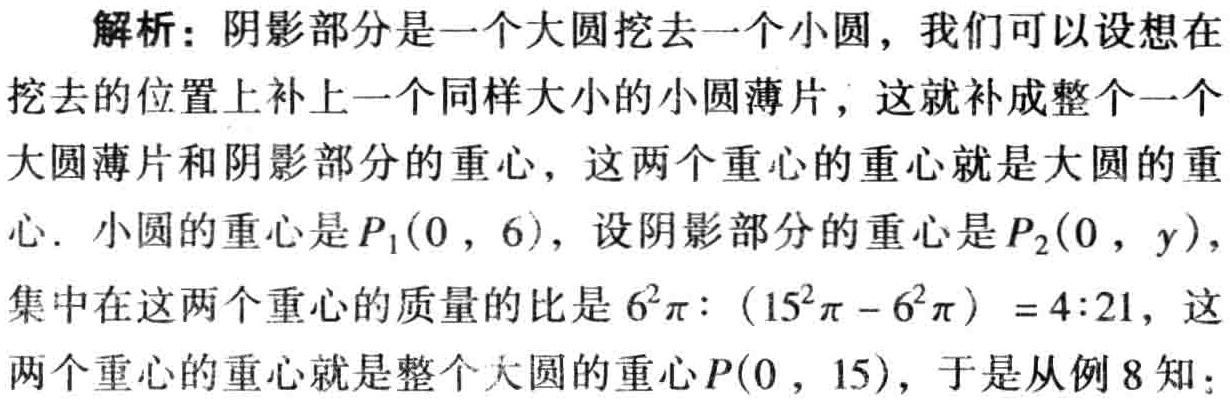
解析：阴影部分是一个大圆挖去一个小圆，我们可以设想在

挖去的位置上补上一个同样大小的小圆薄片，这就补成整个一个

大圆薄片和阴影部分的重心，这两个重心的重心就是大圆的重

心. 小圆的重心是\(P_1(0,6)\)，设阴影部分的重心是\(P_2(0,y)\)，

集中在这两个重心的质量的比是\(6^{2}\pi:(15^{2}\pi - 6^{2}\pi)=4:21\)，这

两个重心的重心就是整个大圆的重心\(P(0,15)\)，于是从例8知：